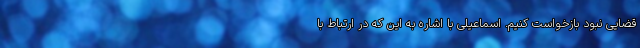
قضایی نبود بازخواست کنیم. اسماعیلی با اشاره به این که در ارتباط با